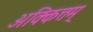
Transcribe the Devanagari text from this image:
अक्कित्तम्